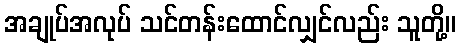
အချုပ်အလုပ် သင်တန်းထောင်လျှင်လည်း သူတို့။